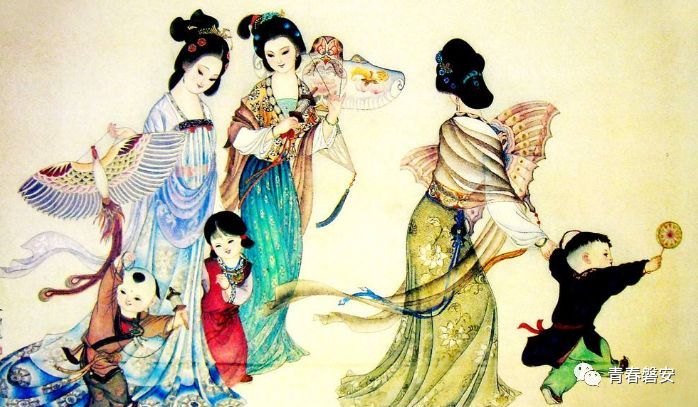
三冬暂就儒生学，千耦还从父老耕。